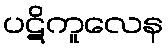
ပဋိကူလေန